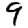
Digit: 9